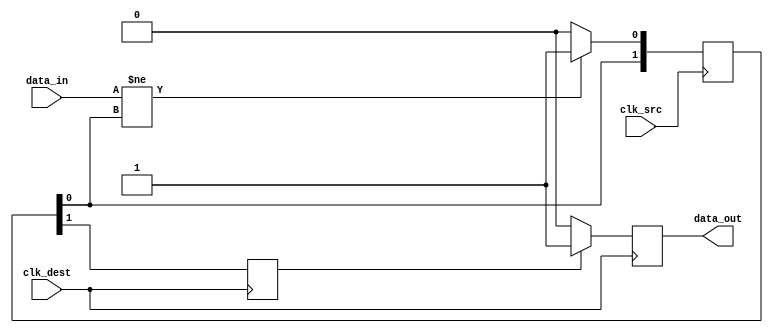
module pulsed_synchronizer #(
    parameter PULSE_WIDTH = 2  // Pulse width in clock cycles
)(
    input wire clk_src,         // Source Clock
    input wire clk_dest,        // Destination Clock
    input wire data_in,         // Asynchronous input signal
    output reg data_out         // Synchronized output signal
);

    reg [1:0] pulse_reg;        // Register to hold pulse states
    reg data_sync1;             // Intermediate synchronized signal

    // Generate pulsed signal on clk_src domain
    always @(posedge clk_src) begin
        if (data_in != pulse_reg[0]) begin
            pulse_reg <= {pulse_reg[0], 1'b1};  // Generate a pulse
        end else begin
            pulse_reg <= {pulse_reg[0], 1'b0};  // Maintain low
        end
    end

    // Synchronize the pulse signal to the clk_dest domain
    always @(posedge clk_dest) begin
        data_sync1 <= pulse_reg[1];  // Capture pulse from clk_src domain
    end

    // Generate the output signal from the synchronized pulse
    always @(posedge clk_dest) begin
        if (data_sync1) begin
            data_out <= 1'b1;         // Set output high on pulse
        end else begin
            data_out <= 1'b0;         // Reset output low otherwise
        end
    end

endmodule